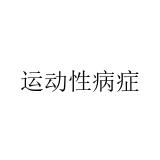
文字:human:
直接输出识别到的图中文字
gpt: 运动性病症